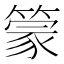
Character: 𰪓